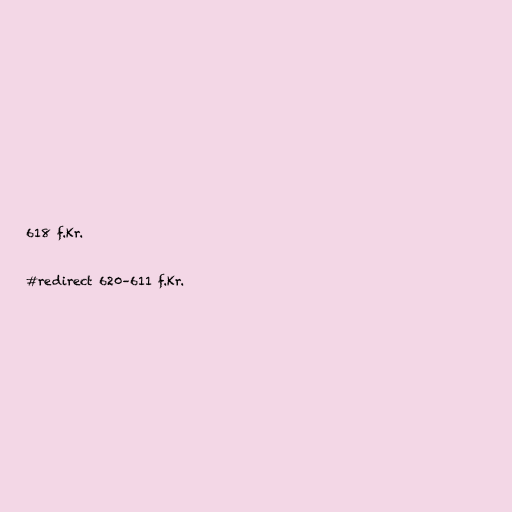
618 f.Kr.

#redirect 620–611 f.Kr.